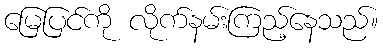
မြေပြင်ကို လိုက်နမ်းကြည့်နေသည်။